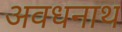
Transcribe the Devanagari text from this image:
अवधनाथ